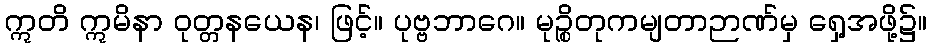
ဣတိ ဣမိနာ ဝုတ္တနယေန၊ ဖြင့်။ ပုဗ္ဗဘာဂေ။ မုဉ္စိတုကမျတာဉာဏ်မှ ရှေ့အဖို့၌။